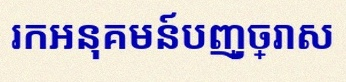
រកអនុគមន៍បញ្ច្រាស